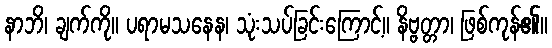
နာဘိ၊ ချက်ကို။ ပရာမသနေန၊ သုံးသပ်ခြင်းကြောင့်။ နိဗ္ဗတ္တာ၊ ဖြစ်ကုန်၏။